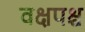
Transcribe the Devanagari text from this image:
वक्षपश्च